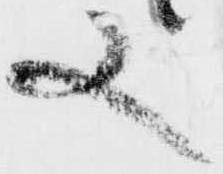
又